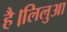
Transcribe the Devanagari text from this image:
है।लिलुआ